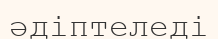
әдіптеледі